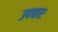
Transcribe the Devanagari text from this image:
उपचारः